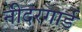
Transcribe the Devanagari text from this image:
नीदरगार्ड